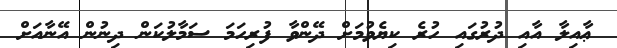
ޢާއިލާ އާއި ދުރުގައި ހުރެ ކިޔެވުމަށް ދޭންވާ ފުރިހަމަ ސަމާލުކަން ދިނުން އޭނާއަށް